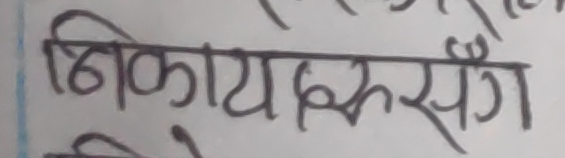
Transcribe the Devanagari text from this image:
निकायहरुसँग